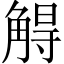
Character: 䚟